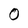
Character: O